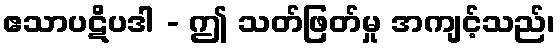
ဧသာပဋိပဒါ - ဤ သတ်ဖြတ်မှု အကျင့်သည်၊